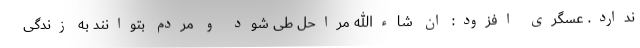
ندارد. عسگری افزود: ان شاءالله مراحل طی شود و مردم بتوانند به زندگی